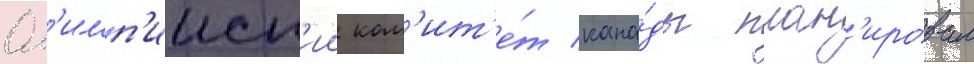
Ол'имп'ииск'ии ком'ит'е́т кана́ды план'ировал